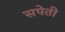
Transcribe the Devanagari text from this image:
सपेती